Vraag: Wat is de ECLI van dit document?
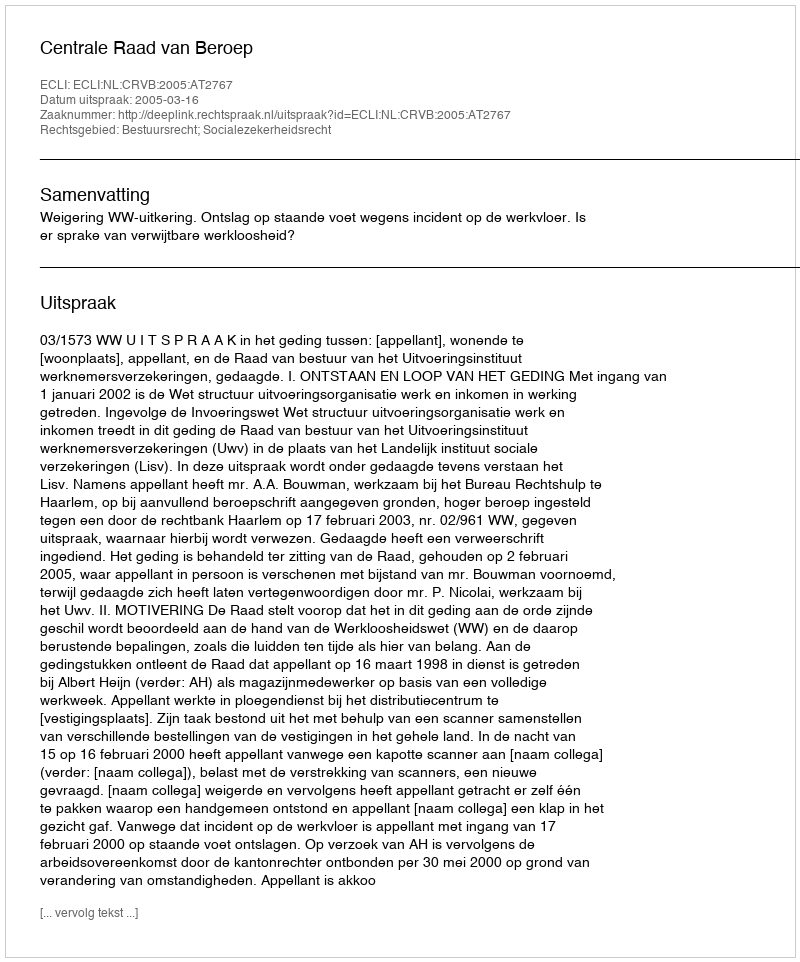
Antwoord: ECLI:NL:CRVB:2005:AT2767